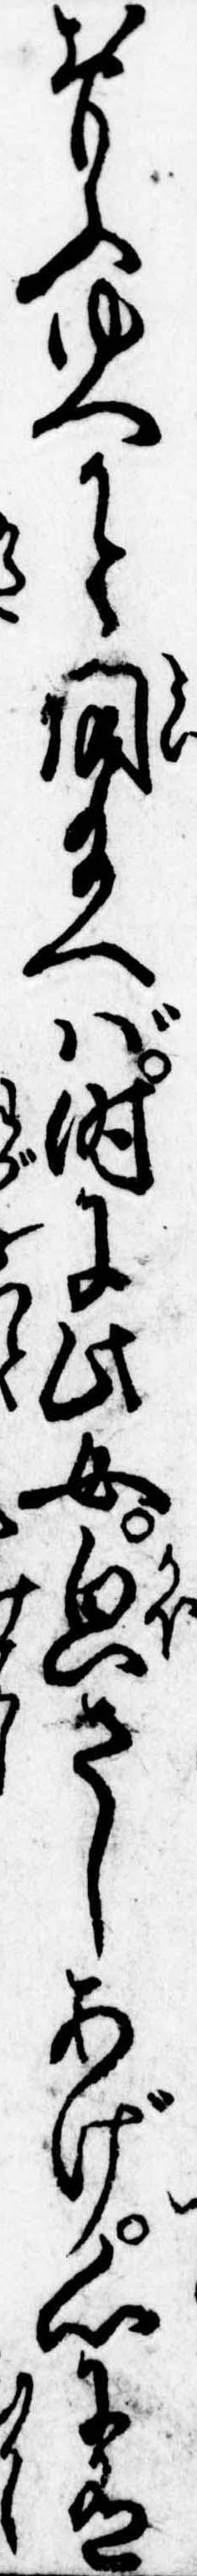
おもふゆへかと問給へば時に此女貌さしあげ心に有